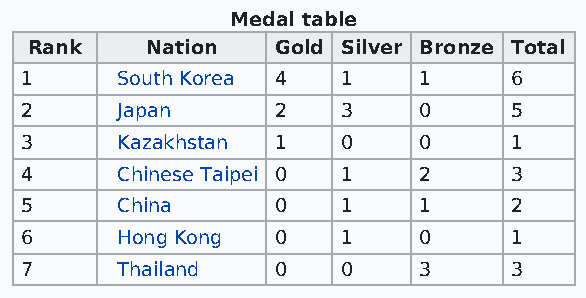
Medal table
 Rank    Nation  Gold Silver Bronze Total
 1      South Korea 4  1    1     6
 2      Japan     2    3    0     5
 3      Kazakhstan 1   0    0     1
 4      Chinese Taipei 0 1  2     3
 5      China     0    1    1     2
 6      Hong Kong 0    1    0     1
 7      Thailand  0    0    3     3